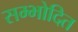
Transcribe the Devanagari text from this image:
सम्भोदित